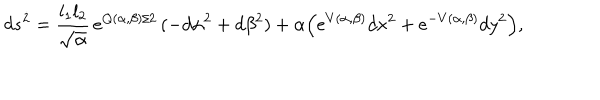
LaTeX: d s ^ { 2 } = { \frac { l _ { 1 } l _ { 2 } } { \sqrt { \alpha } } } \, e ^ { Q ( \alpha , \beta ) / 2 } \, ( - d \alpha ^ { 2 } + d \beta ^ { 2 } ) + \alpha { \left( e ^ { V ( \alpha , \beta ) } d x ^ { 2 } + e ^ { - V ( \alpha , \beta ) } d y ^ { 2 } \right) } ,